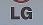
lg